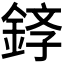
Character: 𫒤